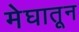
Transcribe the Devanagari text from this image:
मेघातून